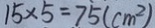
1 5 \times 5 = 7 5 ( c m ^ { 2 } )